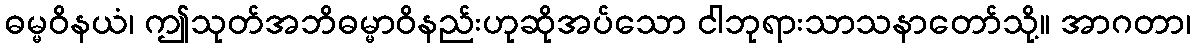
ဓမ္မဝိနယံ၊ ဤသုတ်အဘိဓမ္မာဝိနည်းဟုဆိုအပ်သော ငါဘုရားသာသနာတော်သို့။ အာဂတာ၊